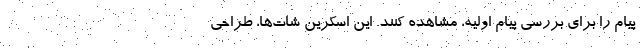
پیام را برای بررسی پیام اولیه، مشاهده کنند. این اسکرین شات‌ها، طراحی